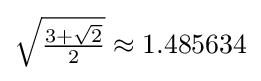
{\textstyle {\sqrt {\frac {3+{\sqrt {2}}}{2}}}\approx 1.485634}